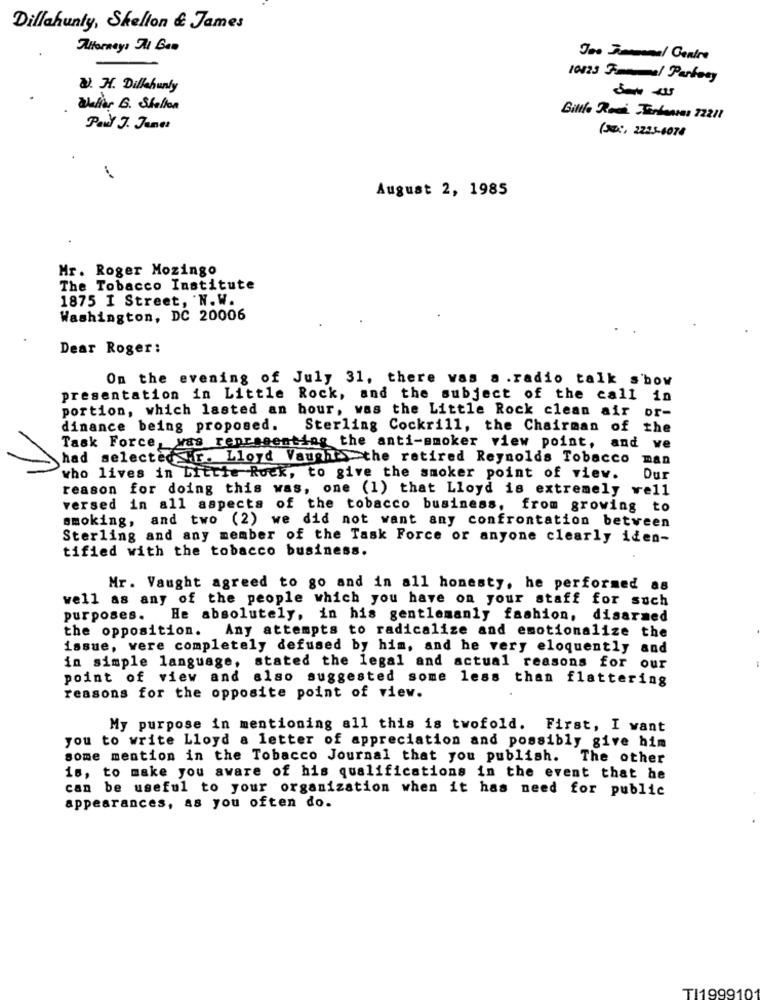
Dillahunty, Shelton & James
AHorney: A1 Ban
Joe Jongenel Centro
10023 Femme/ Parkany
W. H. Dillahunty
Walter B. Stellen
Billle Roma Jonkawas 722 !!
Paul J. Janes
(3 :, 2223-4078
August 2, 1985
Mr. Roger Mozingo
The Tobacco Institute
1875 I Street, N.W.
Washington, DC 20006
Dear Roger:
On the evening of July 31, there was a .radio talk show
presentation in Little Rock, and the subject of the call in
portion, which lasted an hour, was the Little Rock clean air or-
dinance being proposed.
Sterling Cockrill, the Chairman of the
Task Force, was representing the anti-smoker view point, and we
had selecteds.r. Lloyd Vaugh> the retired Reynolds Tobacco man
who lives in Little Rock, to give the smoker point of view.
Dur
reason for doing this was, one (1) that Lloyd is extremely well
versed in all aspects of the tobacco business, from growing to
smoking, and two (2) we did not want any confrontation between
Sterling and any member of the Task Force or anyone clearly iden-
tified with the tobacco business.
Mr. Vaught agreed to go and in all honesty, he performed as
well as any of the people which you have on your staff for such
purposes.
He absolutely, in his gentlemanly fashion,
disarmed
the opposition. Any attempts to radicalize and emotionalize the
issue, were completely defused by him, and he very eloquently and
in simple language, stated the legal and actual reasons for our
point of view and also suggested some less than flattering
reasons for the opposite point of view.
My purpose in mentioning all this is twofold. First, I want
you to write Lloyd a letter of appreciation and possibly give him
some mention in the Tobacco Journal that you publish. The other
16, to make you aware of his qualifications in the event that he
can be useful to your organization when it has need for public
appearances, as you often do.
TI199910